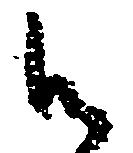
御